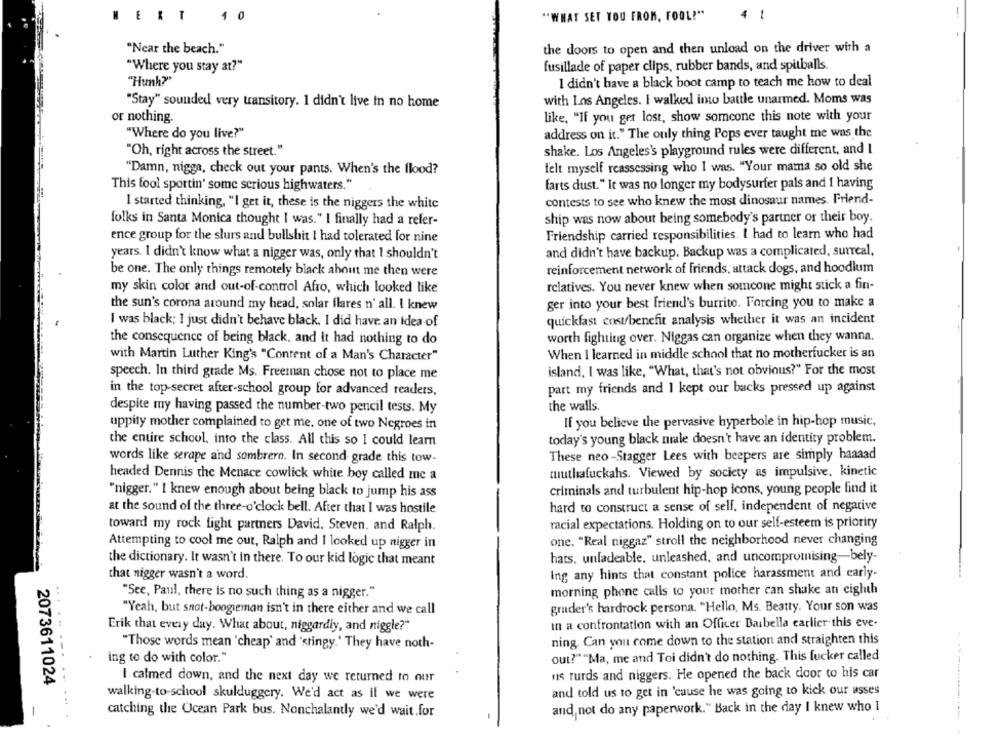
WERT
4 0
"WHAT SET YOU FROM, FOOL!"
4 1
"Near the beach."
the doors to open and then unload on the driver with a
"Where you stay at?"
fusillade of paper clips, rubber bands, and spitballs.
"Hunh?"
I didn't have a black boot camp to teach me how to deal
"Stay" sounded very transitory. I didn't live in no home
with Los Angeles. I walked into battle unarmed. Moms was
or nothing.
like, "If you get lost, show somcone this note with your
"Where do you live?"
address on it." The only thing Pops ever taught me was the
"Oh, right across the street."
shake. Los Angeles's playground rules were different, and I
"Damn, nigga, check out your pants. When's the flood?
felt myself reassessing who I was. "Your mama so old she
farts dust." It was no longer my bodysurfer pals and I having
This fool sportin' some serious highwaters."
contests to see who knew the most dinosaur names. Friend-
I started thinking, "I get it, these is the niggers the white
folks in Santa Monica thought I was." I finally had a refer-
ship was now about being somebody's partner or their boy.
Friendship carried responsibilities. I had to learn who had
ence group for the slurs and bullshit I had tolerated for nine
and didn't have backup. Backup was a complicated, surreal,
years. I didn't know what a nigger was, only that I shouldn't
be one. The only things remotely black about me then were
reinforcement network of friends, attack dogs, and hoodlum
my skin color and out-of-control Afro, which looked like
relatives. You never knew when someone might stick a fin-
ger into your best friend's burrito. Forcing you to make a
the sun's corona around my head, solar flares n' all. I knew
quickfast costbenefit analysis whether it was an incident
I was black; I just didn't behave black. I did have an idea of
the consequence of being black, and it had nothing to do
worth fighting over. Niggas can organize when they wanna.
When I learned in middle school that no motherfucker is an
with Martin Luther King's "Content of a Man's Character"
island, I was like, "What, that's not obvious?" For the most
speech. In third grade Ms. Freeman chose not to place me
in the top-secret after-school group for advanced readers,
part my friends and 1 kept our backs pressed up against
despite my having passed the number-two pencil tests. My
the walls.
If you believe the pervasive hyperbole in hip-hop music,
uppity mother complained to get me, one of two Negroes in
the entire school, into the class. All this so I could learn
today's young black male doesn't have an identity problem.
words like serape and sombrero. In second grade this tow-
These neo -Stagger Lees with beepers are simply haaaad
tuuthafuckahs. Viewed by society as impulsive, kinetic
headed Dennis the Menace cowlick white boy called me a
"nigger." I knew enough about being black to jump his ass
criminals and turbulent hip-hop icons, young people find it
at the sound of the three-o'clock bell. After that I was hostile
hard to construct a sense of self, independent of negative
racial expectations. Holding on to our self-esteem is priority
toward my rock fight partners David. Steven, and Ralph.
one. "Real niggaz" stroll the neighborhood never changing
Attempting to cool me out, Ralph and I looked up nigger in
the dictionary. It wasn't in there. To our kid logic that meant
hats. unladeable, unleashed, and uncompromising-bely-
that nigger wasn't a word.
Ing any hints that constant police harassment and early-
"See, Paul, there is no such thing as a nigger."
morning phone calls to your mother can shake an eighth
grader's hardrock persona. "Hello, Ms. Beatty. Your son was
"Yeah, but snot-boogieman isn't in there either and we call
In a confrontation with an Officer Baibella earlier this eve.
Erik that every day. What about, niggardly, and niggle?"
"Those words mean 'cheap' and 'stingy." They have noth-
ning, Can you come down to the station and straighten this
ing to do with color."
out?""Ma, me and Toi didn't do nothing. This lucker called
....- --..
us turds and niggers. He opened the back door to his car
2073611024
I calmed down, and the next day we returned to our
walking-to-school skulduggery. We'd act as if we were
and told us to get in 'cause he was going to kick our asses
and not do any paperwork." Back in the day I knew who I
catching the Ocean Park bus. Nonchalantly we'd wait for